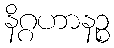
နိဂ္ဂဟာနဉ္စ